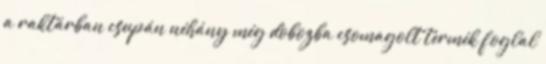
a raktárban csupán néhány még dobozba csomagolt termék foglal